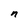
Character: n